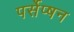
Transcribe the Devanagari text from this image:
पर्सेप्षन